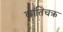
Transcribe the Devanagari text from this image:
कांतिचक्र